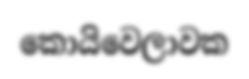
කොයිවෙලාවක